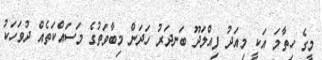
މީގެ ހިތާމަ އަކީ މިއަދު ފިއްލަދޫ ބަނދަރު ހަދަން މިބާވަތުގެ މަސައްކަތެއް ދުވަހަކު